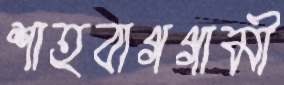
শাহবাগগামী